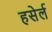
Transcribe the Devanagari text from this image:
हसेर्ल